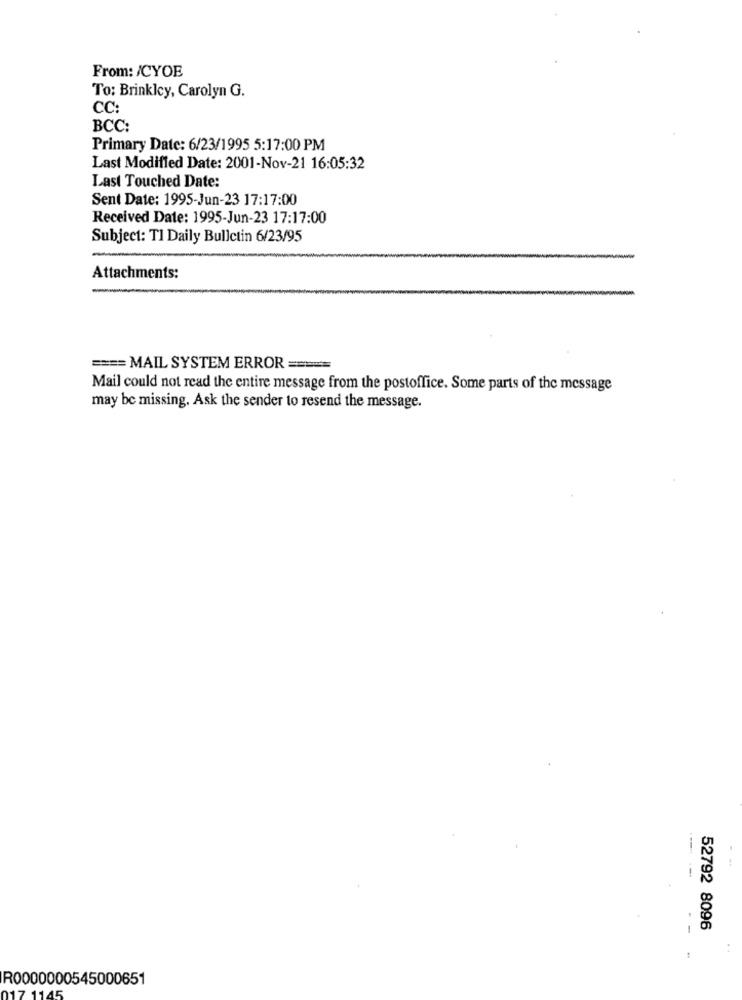
From: /CYOE
To: Brinkley, Carolyn G.
CC:
BCC:
Primary Date: 6/23/1995 5:17:00 PM
Last Modified Date: 2001-Nov-21 16:05:32
Last Touched Date:
Sent Date: 1995-Jun-23 17:17:00
Received Date: 1995-Jun-23 17:17:00
Subject: TI Daily Bulletin 6/23/95
Attachments:
==== MAIL SYSTEM ERROR ====
Mail could not read the entire message from the postoffice. Some parts of the message
may be missing. Ask the sender to resend the message.
52792 8096
R0000000545000651
1145